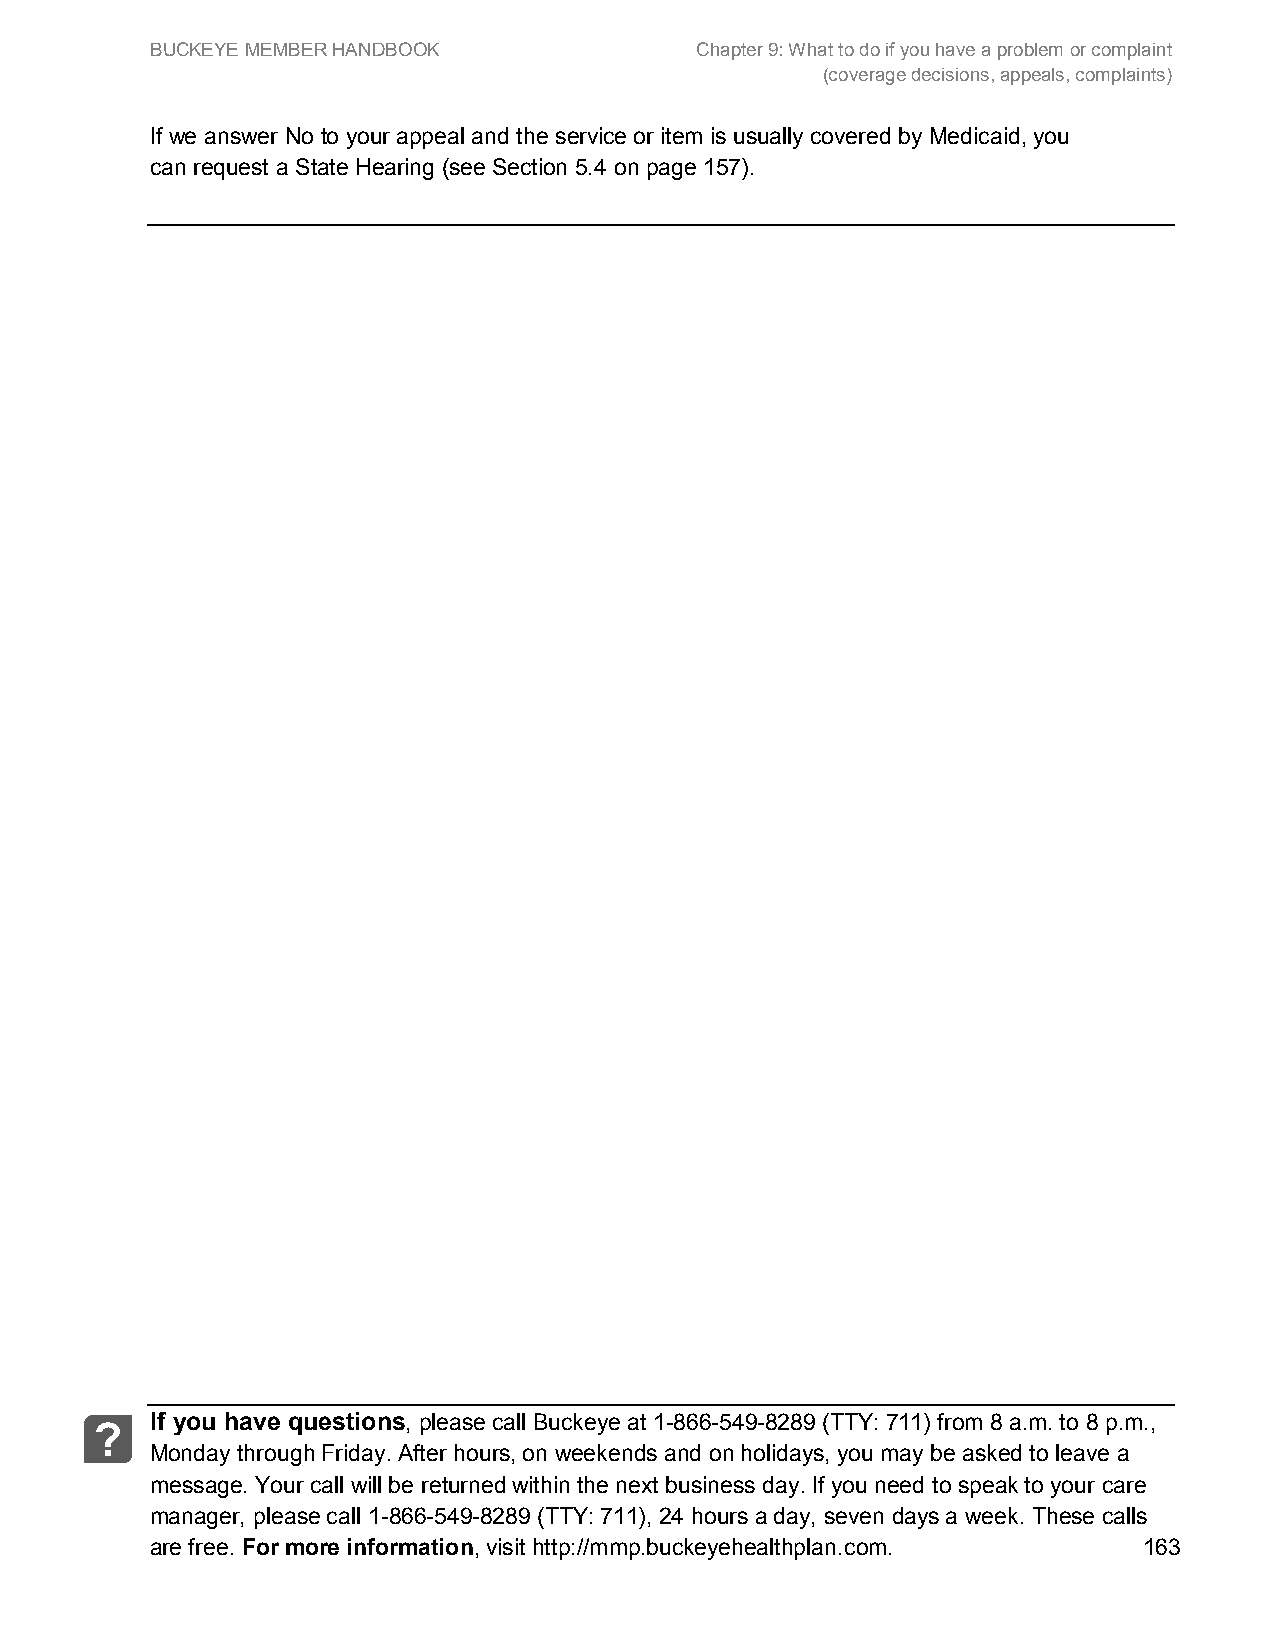
BUCKEYE MEMBER HANDBOOK             Chapter 9: What to do if you have a problem or complaint
 (coverage decisions, appeals, complaints)
 If we answer No to your appeal and the service or item is usually covered by Medicaid, you
 can request a State Hearing (see Section 5.4 on page 157).
 If you have questions, please call Buckeye at 1-866-549-8289 (TTY: 711) from 8 a.m. to 8 p.m.,
 ?
 Monday through Friday. After hours, on weekends and on holidays, you may be asked to leave a
 message. Your call will be returned within the next business day. If you need to speak to your care
 manager, please call 1-866-549-8289 (TTY: 711), 24 hours a day, seven days a week. These calls
 are free. For more information, visit http://mmp.buckeyehealthplan.com. 163